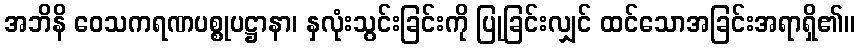
အဘိနိ ဝေသကရဏပစ္စုပဋ္ဌာနာ၊ နှလုံးသွင်းခြင်းကို ပြုခြင်းလျှင် ထင်သောအခြင်းအရာရှိ၏။